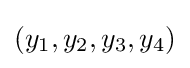
(y_{1},y_{2},y_{3},y_{4})